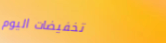
تخفيضات اليوم